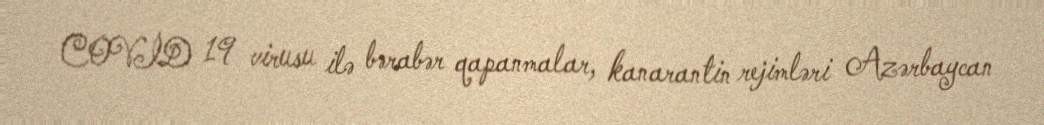
COVİD 19 virusu ilə bərabər qapanmalar, kanarantin rejimləri Azərbaycan